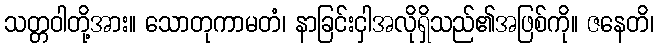
သတ္တဝါတို့အား။ သောတုကာမတံ၊ နာခြင်းငှါအလိုရှိသည်၏အဖြစ်ကို။ ဇနေတိ၊